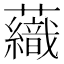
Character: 𧄕